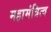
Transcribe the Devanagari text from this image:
महामंत्रित्व